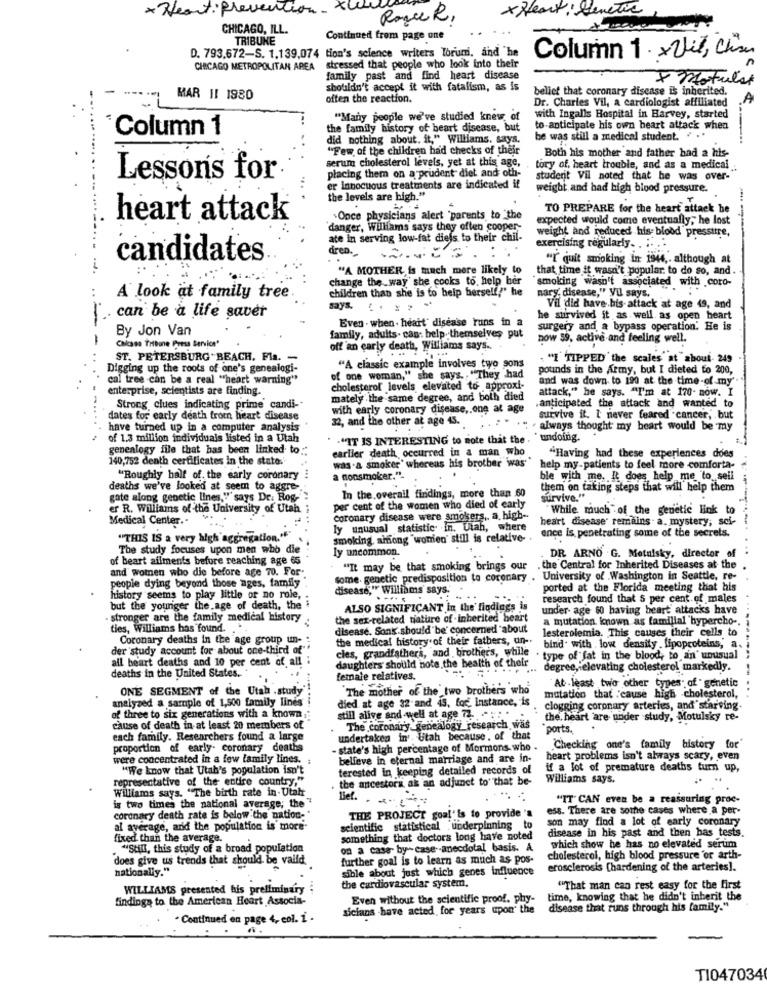
* Neant:Prevention.
x Heart : bene
Royce R,
CHICAGO, ILL.
TRIBUKE
Continued from page one
D. 793.672-S. 1.139,074 tion's science writers Toruni, and "he
Column 1 × Vil, China
CHICAGO METROPOLITAN AREA stressed that people who look into their
family past and find heart disease
* Motulst
shouldn't accept it with fatalism, as is
belief that coronary disease is inherited.
MAR 11 1980
often the reaction.
Dr. Charles Vil, a cardiologist affiliated
"Many people we've studied knew of
with Ingalls Hospital in Harvey, started
Column 1
the family history of beart disease, but
to anticipate his own heart attack when
did nothing about. it," Williams, says.
be was still a medical student. . ..
"Few of the children had checks of their
Both his mother and father had a his-
serum cholesterol levels, yet at this age,
placing them on a prudent diet and oth-
tory of, heart trouble, and as a medical
Lessons for
student Vil noted that he was over-
er Innocuous treatments are indicated if
weight and had high blood pressure.
the levels are high."
TO PREPARE for the heart attack be
heart attack
Once physicians alert "parents to the
expected would come eventually; he lost
'danger, Williams says they often cooper-
ate in serving low-fat diejs to their chil-
weight and reduced his- blood pressure,
dren.
exercising regularly. . .. ..
candidates
"I quit smoking in 1944 ,. although at
"A MOTHER is much more likely to
that time it wasn't popular. to do so, and
change the way she cooks to, help ber
smoking wasn't associated with coro-
children than she is to help herself," he
nary. disease," Vil says.
A look at family tree
says.
Vil did have his-attack at age 49, and
can be a life saver
Even . when- heart disease runs in a
he survived it as well as open heart
By Jon Van
surgery and a bypass operation. He is
=-
family, adults. can: belp. themselves put
now 59, active and feeling well.
Chicasa Tribune Press Service"
off 'an early death, Williams says ...
ST. PETERSBURG BEACH, Fla. -
. "I TIPPED the scales at about- 249
Digging up the roots of one's genealogi-
"A classic example involves two sons
pounds in the Army, but I dieted to 200,
cal tree can be a real "heart warning"
of one woman," she says ., "They had
and was down to 190 at the time-of my
enterprise, scientists are finding.
cholesterol levels elevated to approxi-
attack," he says. "I'm at 170- now. I
mately the same degree, and both died
Strong clues indicating prime candi-
with early coronary disease ,. one at age
.anticipated the attack and wanted to
dates for early death from heart disease
32, and the other at age 45.
survive it. I never feared .cancer, but
have turned up in a computer analysis
· always thought my heart would be my
of 1.3 million individuals listed in a Utah
. . "IT IS INTERESTING to note that the .
undoing.
genealogy file that has been linked to
earlier death occurred in a man who
140,752 death certificates in the state.'
"Having had these experiences does
was .a smoker' whereas his brother was'
help my-patients to feel more comforta-
"Roughly half of. the early coronary
a nonsmoker.".
ble with me, It does help me to sell
deaths we've looked at seem to aggre-
them on taking steps that will help them
gate along genetic lines," says Dr. Rog-
In the.overall findings, more than 60
survive."
er R. Williams of the University of Utah
per cent of the women who died of early
"While much" of the genetic link to
Medical Center ..
Coronary disease were smokers, a. high-
heart disease' remains . a. mystery, sci-
ly unusual statistic in. Utah, where
ence Is penetrating some of the secrets.
------
"THIS IS a very high'aggregation."
smoking, amiong "wonien' still is relative- .
The study focuses upon men who die
ly uncommon.
of beart ailments before reaching age 65
DR ARNO .G. Metalsky, director of
and women who die before age 70. For'
"It may be that smoking brings our
.the Central for Inherited Diseases at the
people dying beyond those ages, family
Some. genetic predisposition to coronary . University of Washington in Seattle, re-
se," Williams says.
ported at the Florida meeting that his
history seems to play little or no role,
: -...
research found that & per cent of males
but the youriger the age of death, the
ALSO SIGNIFICANT in the findings is
under age 60 having beart attacks have
· stronger are the family medical history
the sex-related tiature of - inherited heart
a mutation known as familial hypercho-
ties, Williams has found. .
disease. Sonk.should be' concerned "about
lesterolemia. This causes their cells to
Coronary deaths in the age group un -:
the medical history of their fathers, un-
der study account for about one-third of"
cles, grandfathers, and brother's, while
bind. with .low density lipoproteins, a.
all beart deaths and 10 per cent of all :
daughters should note the health of their
type of fat in the blood, to an' unusual
degree, elevating cholesterol markedly.
deaths in the United States ..
female relatives.
ONE SEGMENT of the Utah . study"
The mother of the two brothers who
At least two other types of genetic
mutation that cause high cholesterol,
analyzed a sample of 1,500 family lines
died at age 32-and 49, for instance, is
clogging coronary arteries, and' starving.
of three to six generations with a known
still alive and well at age 72 .....
the. heart are under study, Motulsky re-
cause of death in at least 20 members of
The coronary genealogy research was
"ports,
each family. Researchers found a large
undertaken in', Utah because. of that
proportion of early- coronary deaths
state's high percentage of Mormons who .
"Checking one's family history for"
were concentrated in a few family lines.
believe in eternal marriage and are in-
heart problems isn't always scary, even
"We know that Utah's population isn't
terested In keeping detailed records of
if a lot of premature deaths turn up,
representative of the entire country."
the ancestors ak an adjunct to' that be-
Williams says.
Williams says. "The birth rate in Utah
is two times the national average; the "
lief. . ..
"IT" CAN even be a reassuring proc-
ess. There are sothe cases where a per-
coronary death rate is below the nation-"
THE PROJECT goal' is to provide 's
son may find a lot of early coronary
al average, and the population is more-
scientific statistical underpinning to
disease in his past and then has tests.
fixed than the average.
something that doctors long have noted
"Still, this study of a broad population
on a case- by-case -- anecdotal basis. A
which show he has no elevated serum
does give us trends that should be vaifd.
further goal is to learn as much as pos-
cholesterol, high blood pressure 'or arth-
nationally."
sible about just which genes influence
erosclerosis [hardening of the arteries].
the cardiovascular system,
WILLIAMS presented his preliminary
"That man can rest easy for the first
findings to the American Heart Associa-
Even without the scientific proof. phy-
time, knowing that he didn't inberit the
sicians have acted for years upon the
disease that runs through his family."
· Continued en page 4, col. i .
T1047034